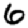
Digit: 6